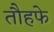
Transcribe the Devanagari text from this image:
तौहफे